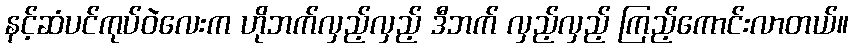
နင့်ဆံပင်ကုပ်ဝဲလေးက ဟိုဘက်လှည့်လှည့် ဒီဘက် လှည့်လှည့် ကြည့်ကောင်းလာတယ်။